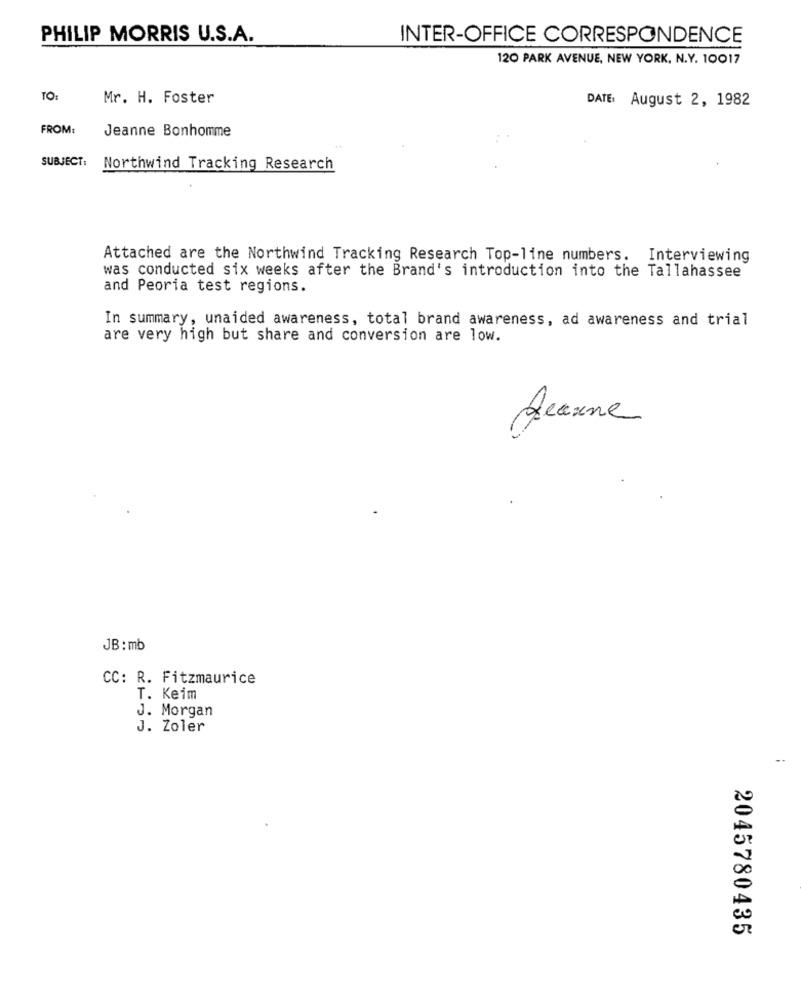
PHILIP MORRIS U.S.A.
INTER-OFFICE CORRESPONDENCE
120 PARK AVENUE, NEW YORK, N.Y. 10017
TO:
Mr. H. Foster
DATE: August 2, 1982
FROM:
Jeanne Bonhomme
SUBJECT:
Northwind Tracking Research
Attached are the Northwind Tracking Research Top-line numbers. Interviewing
was conducted six weeks after the Brand's introduction into the Tallahassee
and Peoria test regions.
In summary, unaided awareness, total brand awareness, ad awareness and trial
are very high but share and conversion are low.
Heaune
JB: mb
CC: R. Fitzmaurice
T. Keim
J. Morgan
J. Zoler
2045780435